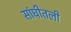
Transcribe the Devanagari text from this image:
सांघीतली